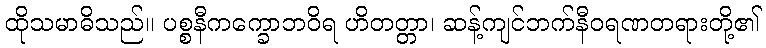
ထိုသမာဓိသည်။ ပစ္စနီကက္ခောဘဝိရ ဟိတတ္တာ၊ ဆန့်ကျင်ဘက်နီဝရဏတရားတို့၏